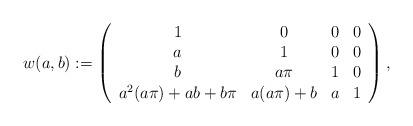
LaTeX: \begin{align*} w(a,b):=\left( \begin{array}{cccc} 1 & 0 & 0 & 0 \\ a & 1 & 0 & 0 \\ b & a\pi & 1 & 0 \\ a^{2}(a\pi)+ab+b\pi & a(a\pi)+b & a & 1 \\ \end{array} \right), \end{align*}